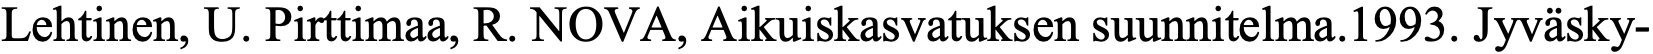
Lehtinen, U. Pirttimaa, R. NOVA, Aikuiskasvatuksen suunnitelma.1993. Jyväsky-